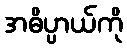
အဓိပ္ပာယ်ကို